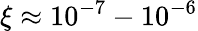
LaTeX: \xi\approx 10^{-7}-10^{-6}